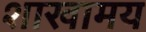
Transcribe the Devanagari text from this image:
शाखामय